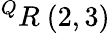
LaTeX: ^{Q}R\ (2,3)